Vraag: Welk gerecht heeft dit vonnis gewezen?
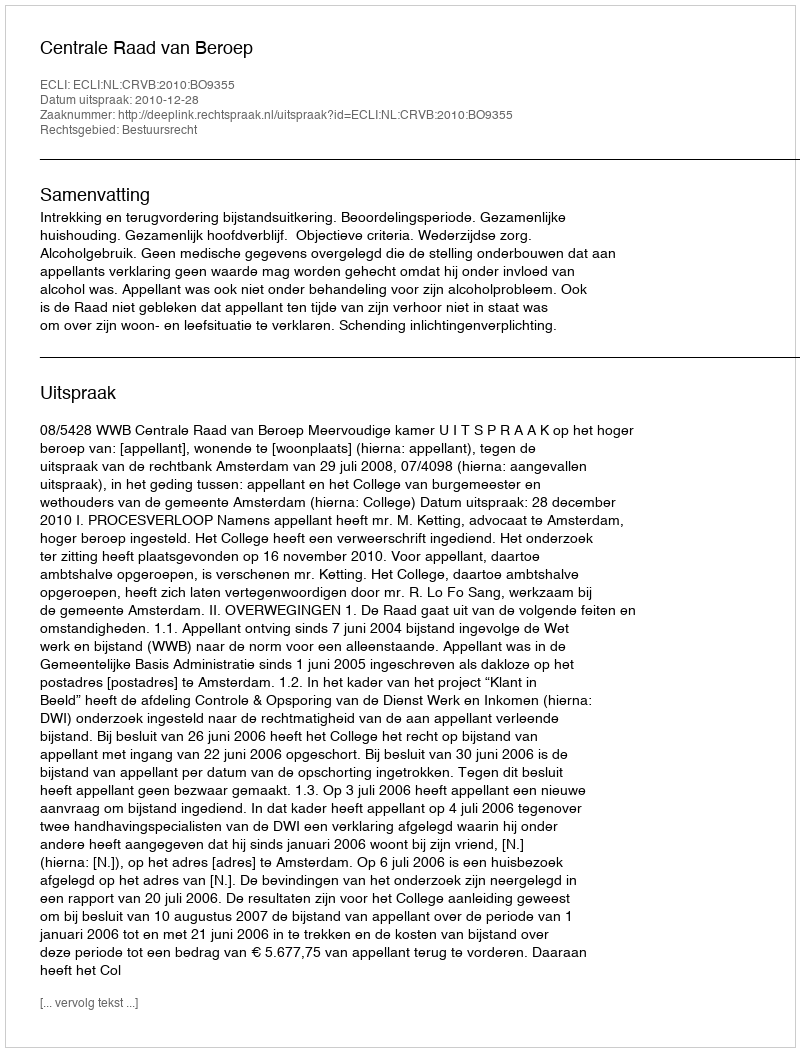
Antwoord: Centrale Raad van Beroep